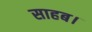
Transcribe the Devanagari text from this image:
साहब।